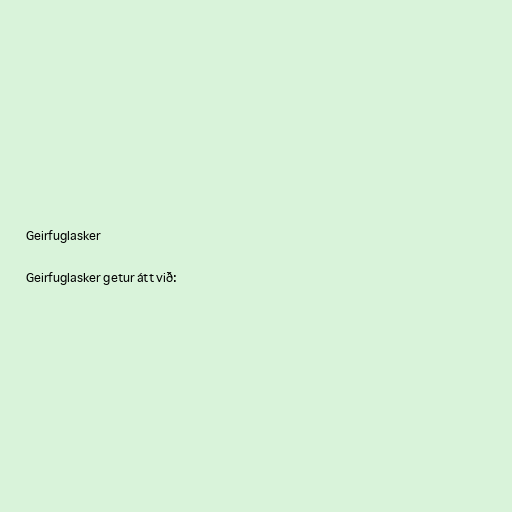
Geirfuglasker

Geirfuglasker getur átt við: